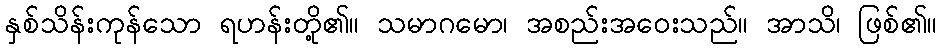
နှစ်သိန်းကုန်သော ရဟန်းတို့၏။ သမာဂမော၊ အစည်းအဝေးသည်။ အာသိ၊ ဖြစ်၏။